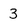
Character: 3